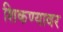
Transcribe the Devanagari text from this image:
शिकण्यावर